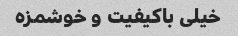
خیلی باکیفیت و خوشمزه